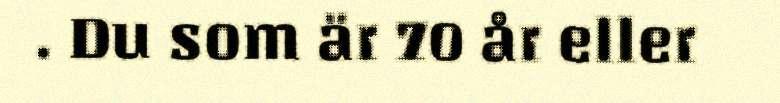
. Du som är 70 år eller